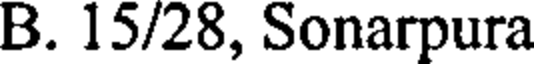
B. 15/28, Sonarpura